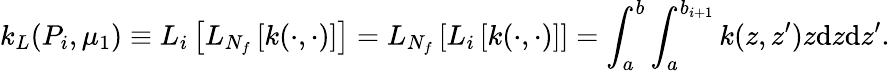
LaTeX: k_{L}(P_{i},\mu_{1})\equiv L_{i}\left[L_{N_{f}}\left[k(\cdot,\cdot)\right]\right]=L_{N_{f}}\left[L_{i}\left[k(\cdot,\cdot)\right]\right]=\int_{a}^{b}\int_{a}^{b_{i+1}}k(z,z^{\prime})z\textrm{d}z\textrm{d}z^{\prime}.